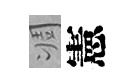
凋憲